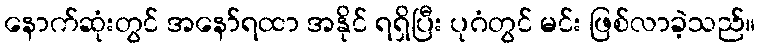
နောက်ဆုံးတွင် အနော်ရထာ အနိုင် ရရှိပြီး ပုဂံတွင် မင်း ဖြစ်လာခဲ့သည်။